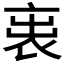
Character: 𧙉